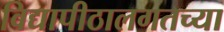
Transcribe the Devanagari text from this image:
विद्यापीठालगतच्या